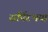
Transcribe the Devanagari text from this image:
सर्पिरभयां